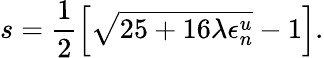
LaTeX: s=\frac{1}{2}\left[\sqrt{25+16\lambda\epsilon_{n}^{u}}-1\right].